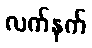
လက်နက်